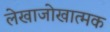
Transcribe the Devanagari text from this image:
लेखाजोखात्मक